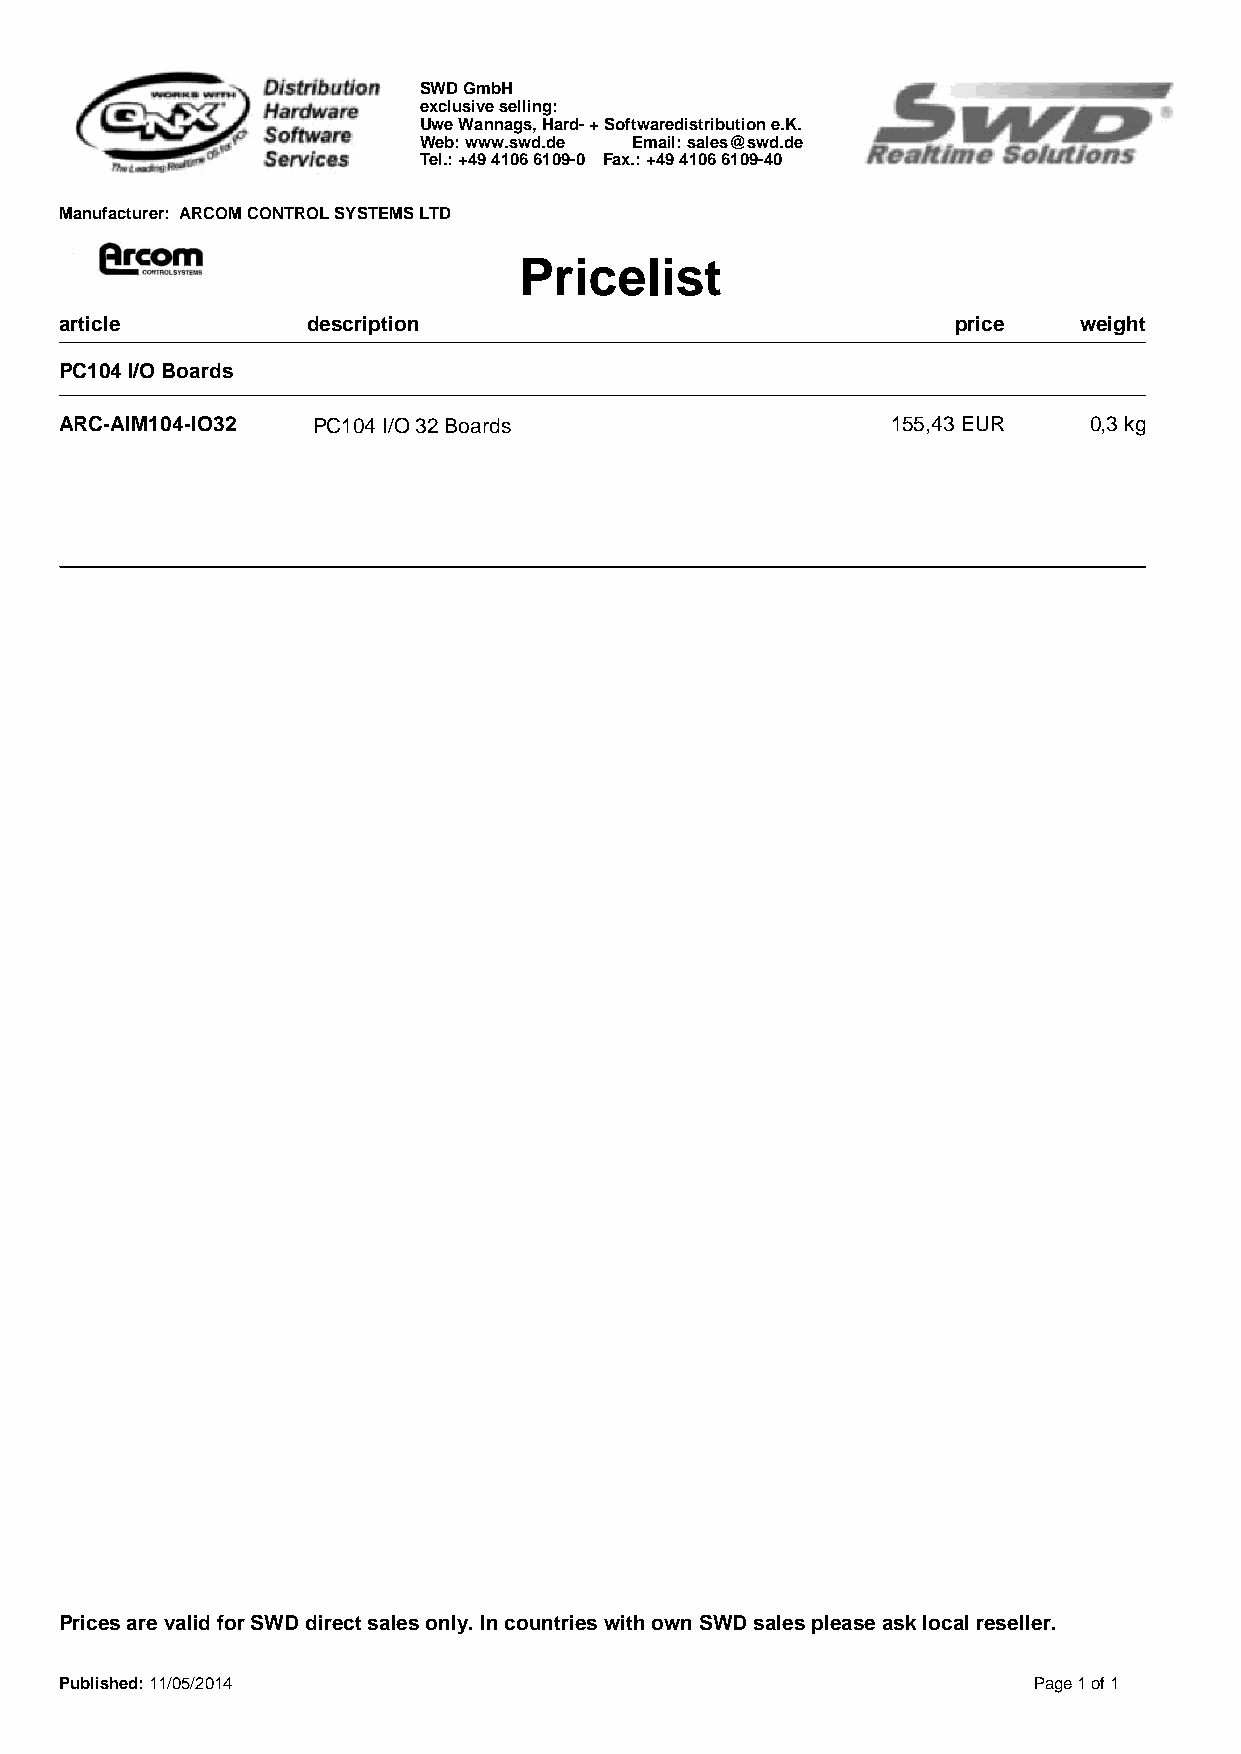
SWD GmbH
 exclusive selling:
 Uwe Wannags, Hard- + Softwaredistribution e.K.
 Web: www.swd.de Email: sales@swd.de
 Tel.: +49 4106 6109-0 Fax.: +49 4106 6109-40
 Manufacturer: ARCOM CONTROL SYSTEMS LTD
 Pricelist
 article         description                                price   weight
 PC104 I/O Boards
 ARC-AIM104-IO32  PC104 I/O 32 Boards                   155,43 EUR   0,3 kg
 Prices are valid for SWD direct sales only. In countries with own SWD sales please ask local reseller.
 Published: 11/05/2014                                           Page 1 of 1